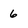
Character: 6